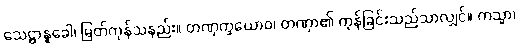
သေဋ္ဌာနူခေါ၊ မြတ်ကုန်သနည်း။ တဏှက္ခယောဝ၊ တဏှာ၏ ကုန်ခြင်းသည်သာလျှင်။ ကသ္မာ၊